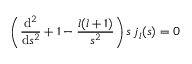
\Biggr ( \frac { \mathrm { d } ^ { 2 } } { \mathrm { d } s ^ { 2 } } + 1 - \frac { l ( l + 1 ) } { s ^ { 2 } } \Biggl ) \, s \, j _ { l } ( s ) = 0